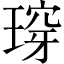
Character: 瑏